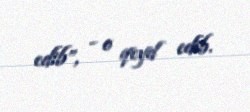
edib”, - o qeyd edib.